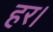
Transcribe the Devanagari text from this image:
हर।